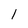
Character: 1